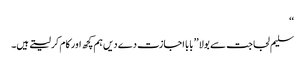
‘‘
سلیم لجاجت سے بولا ’’بابا اجازت دے دیں ہم کچھ اور کام کر لیتے ہیں۔